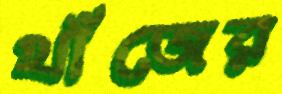
খাঁজের